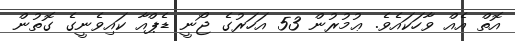
އޮތް އެއް ވާހަކައެވެ. ޢުމުރުން 53 އަހަރުގެ ޖޯނީ ޑެޕްއާ ކައިވެނީގެ ގޮތުން